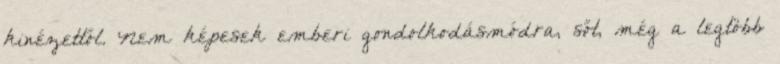
kinézettől. Nem képesek emberi gondolkodásmódra, sőt, még a legtöbb